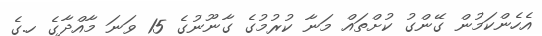
އެހެންކަމުން ގޭންގު ކުށްތައް މަނާ ކުރުމުގެ ގާނޫނުގެ 15 ވަނަ މާއްދާގެ ހ.ގެ